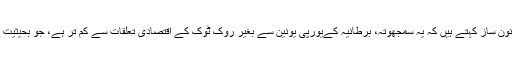
دوسری جانب یورپی یونین سے جڑے رہنے کے قائل قانون ساز کہتے ہیں کہ یہ سمجھوتہ، برطانیہ کےیورپی یونین سے بغیر روک ٹوک کے اقتصادی تعلقات سے کم تر ہے، جو بحیثیت یورپی یونین کے رکن ہونے کے برطانیہ کو حاصل ہیں۔